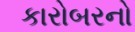
કારોબરનો